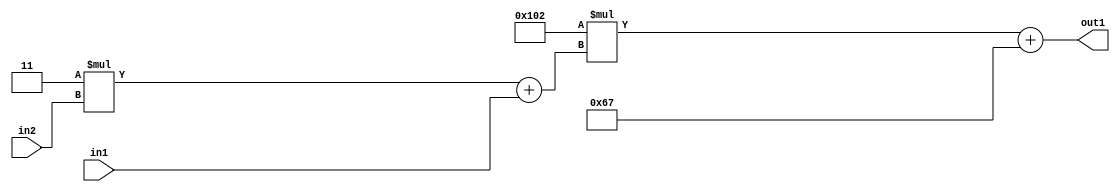
`timescale 1ps / 1ps
/*****************************************************************************
    Verilog RTL Description
    
    
    Created by: Stratus DpOpt 2019.1.01 
*******************************************************************************/

module DC_Filter_Add2i103Mul2i258Add2u1Mul2i3u2_1 (
	in2,
	in1,
	out1
	); /* architecture "behavioural" */ 
input [1:0] in2;
input  in1;
output [11:0] out1;
wire [11:0] asc001;
wire [3:0] asc002;

wire [3:0] asc002_tmp_0;
assign asc002_tmp_0 = 
	+(4'B0011 * in2);
assign asc002 = asc002_tmp_0
	+(in1);

wire [11:0] asc001_tmp_1;
assign asc001_tmp_1 = 
	+(12'B000100000010 * asc002);
assign asc001 = asc001_tmp_1
	+(12'B000001100111);

assign out1 = asc001;
endmodule

/* CADENCE  v7XyQgg= : u9/ySgnWtBlWxVPRXgAZ4Og= ** DO NOT EDIT THIS LINE ******/